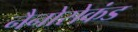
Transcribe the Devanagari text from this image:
नैनोसेकंड